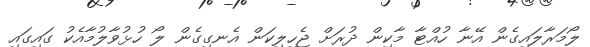
ލޯމަރާލައިގެން އޭނާ ހުއްޓާ މާކިން ދުރަށް ޖެހިލިކަން އެނގިގެން ލޯ ހުޅުވާލުމާއެކު ގައިގައި